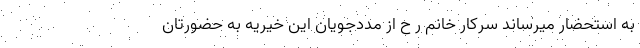
به استحضار میرساند سرکار خانم ر ح از مددجویان این خیریه به حضورتان